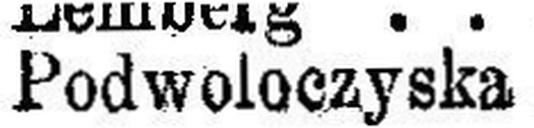
Podwoloczyska